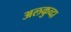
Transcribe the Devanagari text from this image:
अलकुव्दा